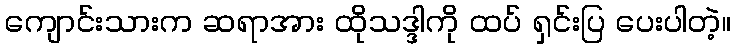
ကျောင်းသားက ဆရာအား ထိုသဒ္ဒါကို ထပ် ရှင်းပြ ပေးပါတဲ့။